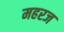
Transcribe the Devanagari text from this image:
महरज